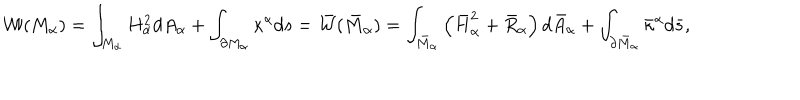
{ \cal W } ( M _ { \alpha } ) = \int _ { M _ { \alpha } } H _ { \alpha } ^ { 2 } d A _ { \alpha } + \int _ { \partial M _ { \alpha } } \kappa ^ { \alpha } d s = \bar { \cal W } ( \bar { M } _ { \alpha } ) = \int _ { \bar { M } _ { \alpha } } \left( \bar { H } _ { \alpha } ^ { 2 } + \bar { R } _ { \alpha } \right) d \bar { A } _ { \alpha } + \int _ { \partial \bar { M } _ { \alpha } } \bar { \kappa } ^ { \alpha } d \bar { s } ,